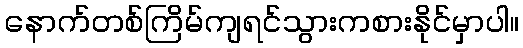
နောက်တစ်ကြိမ်ကျရင်သွားကစားနိုင်မှာပါ။